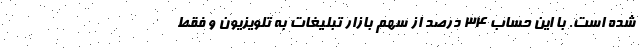
شده است. با این حساب ۳۴ درصد از سهم بازار تبلیغات به تلویزیون و فقط